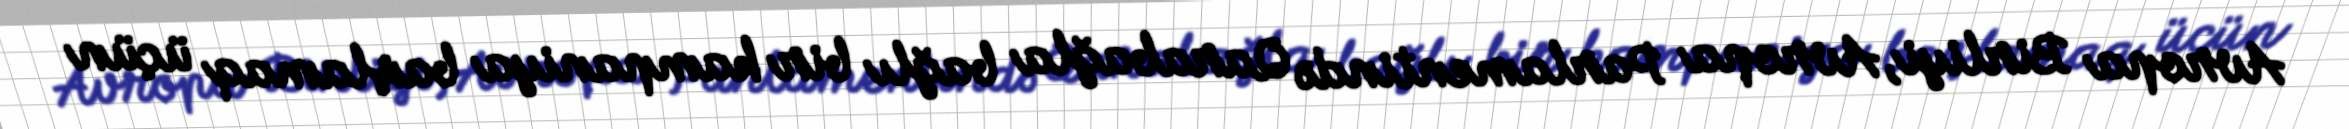
Avropa Birliyi, Avropa Parlamentində Qarabağla bağlı bir kampaniya başlamaq üçün